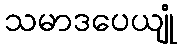
သမာဒပေယျုံ